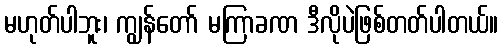
မဟုတ်ပါဘူး၊ ကျွန်တော် မကြာခဏ ဒီလိုပဲဖြစ်တတ်ပါတယ်။